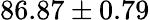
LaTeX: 86.87\pm 0.79